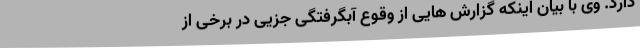
دارد. وی با بیان اینکه گزارش هایی از وقوع آبگرفتگی جزیی در برخی از